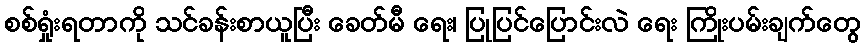
စစ်ရှုံးရတာကို သင်ခန်းစာယူပြီး ခေတ်မီ ရေး၊ ပြုပြင်ပြောင်းလဲ ရေး ကြိုးပမ်းချက်တွေ